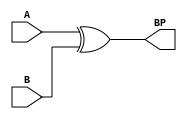
`timescale 1ns / 1ps
//////////////////////////////////////////////////////////////////////////////////
// Company: 
// 
// Design Name: 
// Module Name:    Bit generate signal
// Project Name:   Basic Components
// Target Devices: 
// Tool versions: 
// Description: 
//
// Dependencies: 
//
// Revision: 
// Revision 0.01 - File Created
// Additional Comments: 
//
//////////////////////////////////////////////////////////////////////////////////
module BIT_P(output BP, input A, B);

   xor (BP, A, B);

endmodule